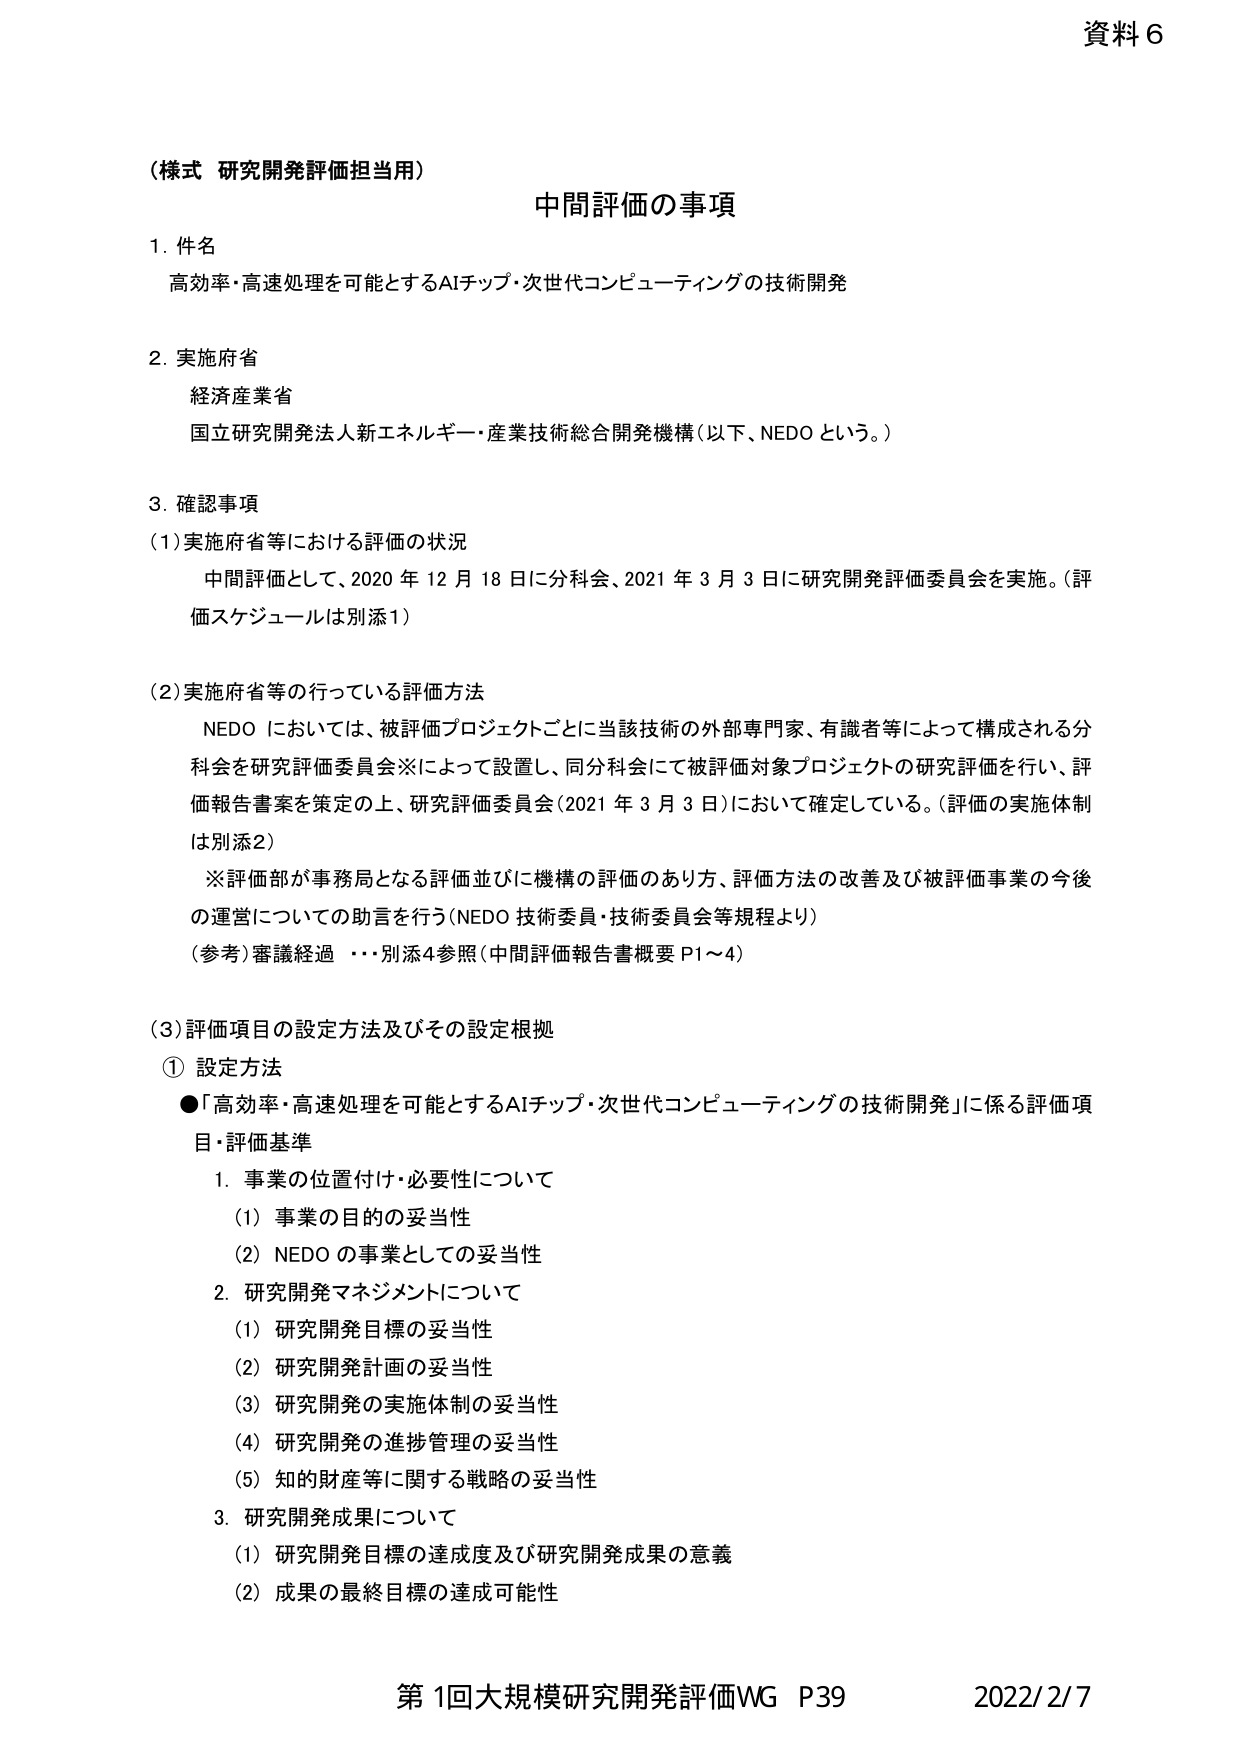
資料６

（様式 研究開発評価担当用）
中間評価の事項

1. 件名
高効率・高速処理を可能とするAIチップ・次世代コンピューティングの技術開発

2. 実施府省
経済産業省
国立研究開発法人新エネルギー・産業技術総合開発機構（以下、NEDOという。）

3. 確認事項
（1）実施府省等における評価の状況
　中間評価として、2020年12月18日に分科会、2021年3月3日に研究開発評価委員会を実施。（評価スケジュールは別添1）

（2）実施府省等の行っている評価方法
　NEDOにおいては、被評価プロジェクトごとに当該技術の外部専門家、有識者等によって構成される分科会を研究評価委員会※によって設置し、同分科会にて被評価対象プロジェクトの研究評価を行い、評価報告書案を策定の上、研究評価委員会（2021年3月3日）において確定している。（評価の実施体制は別添2）
　※評価部が事務局となる評価並びに機構の評価のあり方、評価方法の改善及び被評価事業の今後の運営についての助言を行う（NEDO技術委員・技術委員会等規程より）
　（参考）審議経過　…別添4参照（中間評価報告書概要P1～4）

（3）評価項目の設定方法及びその設定根拠
① 設定方法
●「高効率・高速処理を可能とするAIチップ・次世代コンピューティングの技術開発」に係る評価項目・評価基準
　1. 事業の位置付け・必要性について
　　（1）事業の目的の妥当性
　　（2）NEDOの事業としての妥当性
　2. 研究開発マネジメントについて
　　（1）研究開発目標の妥当性
　　（2）研究開発計画の妥当性
　　（3）研究開発の実施体制の妥当性
　　（4）研究開発の進捗管理の妥当性
　　（5）知的財産等に関する戦略の妥当性
　3. 研究開発成果について
　　（1）研究開発目標の達成度及び研究開発成果の意義
　　（2）成果の最終目標の達成可能性

第1回大規模研究開発評価WG P39　2022/2/7